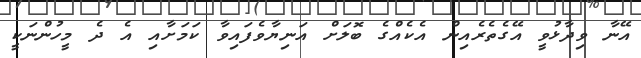
އޭނާ ވިދާޅުވީ އޭގެތެރެއިން އެކެއްގެ ބޮލަށް އަނިޔާވެފައިވާ ކަމަށާއި އެ ދެ މީހުންނަކީ